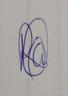
Signature authenticity: genuine